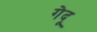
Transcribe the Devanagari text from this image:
गेदू